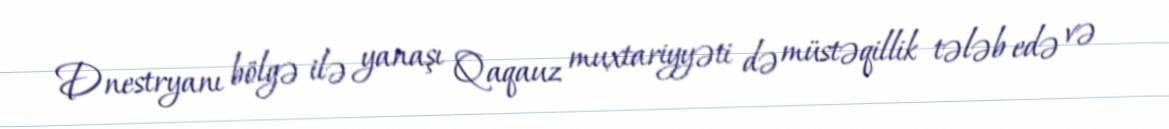
Dnestryanı bölgə ilə yanaşı Qaqauz muxtariyyəti də müstəqillik tələb edə və